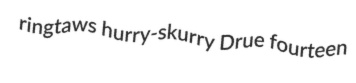
ringtaws hurry-skurry Drue fourteen